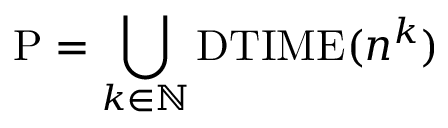
\mathrm { P } = \bigcup _ { k \in \mathbb { N } } \mathrm { D T I M E } ( n ^ { k } )